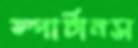
স্পার্টানস